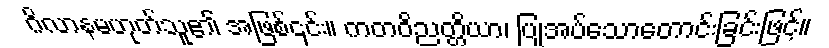
ဂိလာနမဟုတ်သူ၏ အဖြစ်၎င်း။ ကတဝိညတ္တိယာ၊ ပြုအပ်သောတောင်းခြင်းဖြင့်။